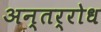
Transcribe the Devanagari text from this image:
अन्तर्रोध